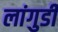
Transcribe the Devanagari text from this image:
लांगुडी